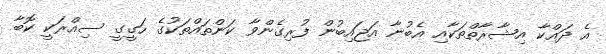
އެ ދައްކާ އިޝާރާތްތަކާއި އެބުނާ އަޖައިބުން ފުރިގެންވާ ކަންތައްތަކުގެ ހަގީގީ ސިއްރަކީ ކޮބާ